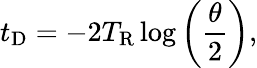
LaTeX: t_{\mathrm{D}}=-2T_{\mathrm{R}}\log\left(\frac{\theta}{2}\right),